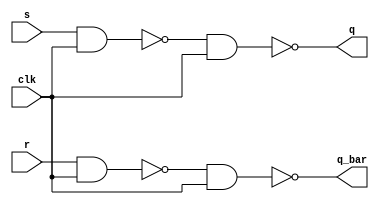
module sr(q,q_bar,s,r,clk);
    input s,r,clk;
    output q,q_bar;
    wire w1,w2;
    nand #1 N1(w1,s,clk);
    nand #1 N2(w2,r,clk);
    nand #1 N3(q,w1,clk);
    nand #1 N4(q_bar,w2,clk);
    

endmodule